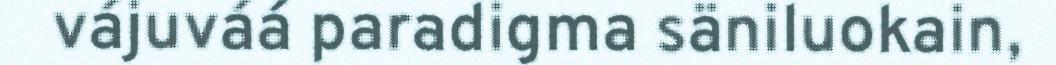
vájuváá paradigma säniluokain,